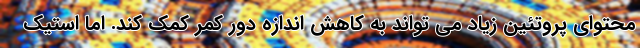
محتوای پروتئین زیاد می تواند به کاهش اندازه دور کمر کمک کند. اما استیک